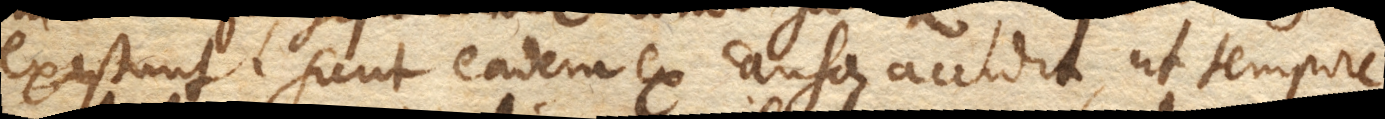
existunt. Sicut eadem ex causa accidit, ut tempore